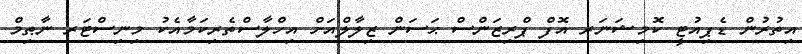
އިތުރުން ޑެޕިއުޓީ ކޮމިޝަނަރ އޮފް ޕްރިޒަންސް ޙަސަން ޒިލާލްއަށް އިހްލާސްތެރިކަމާއެކު މިނިސްޓަރ ނާޠިމް